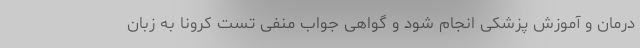
درمان و آموزش پزشکی انجام شود و گواهی جواب منفی تست کرونا به زبان